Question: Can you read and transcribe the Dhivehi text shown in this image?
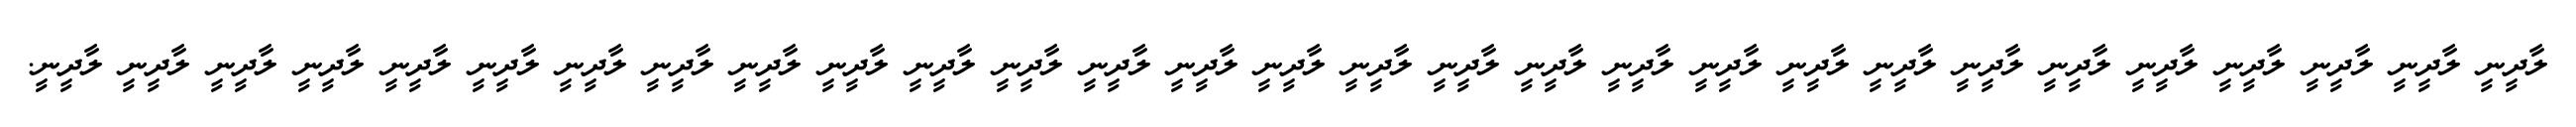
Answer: ލާދީނީ ލާދީނީ ލާދީނީ ލާދީނީ ލާދީނީ ލާދީނީ ލާދީނީ ލާދީނީ ލާދީނީ ލާދީނީ ލާދީނީ ލާދީނީ ލާދީނީ ލާދީނީ ލާދީނީ ލާދީނީ ލާދީނީ ލާދީނީ ލާދީނީ ލާދީނީ ލާދީނީ ލާދީނީ ލާދީނީ ލާދީނީ ލާދީނީ ލާދީނީ ލާދީނީ ލާދީނީ ލާދީނީ.